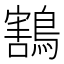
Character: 鶷